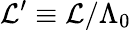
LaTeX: \mathcal{L}^{\prime}\equiv\mathcal{L}/\Lambda_{0}